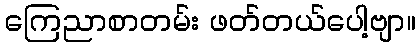
ကြေညာစာတမ်း ဖတ်တယ်ပေါ့ဗျာ။